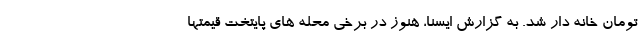
تومان خانه دار شد. به گزارش ایسنا، هنوز در برخی محله های پایتخت قیمتها